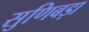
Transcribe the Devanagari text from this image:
सुणिबड़ा